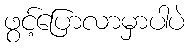
ဖွင့်ပြောလာမှာပါပဲ